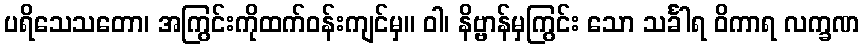
ပရိသေသတော၊ အကြွင်းကိုထက်ဝန်းကျင်မှ။ ဝါ၊ နိဗ္ဗာန်မှကြွင်း သော သင်္ခါရ ဝိကာရ လက္ခဏ